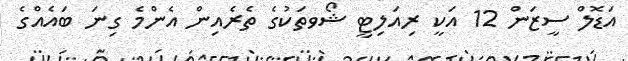
އަޑޮލް ސީޒަން 12 އަކީ ރިއަލިޓީ ޝޯވތަކުގެ ތެރެއިން އެންމެ ގިނަ ބައެއްގެ